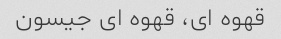
قهوه ای، قهوه ای جیسون